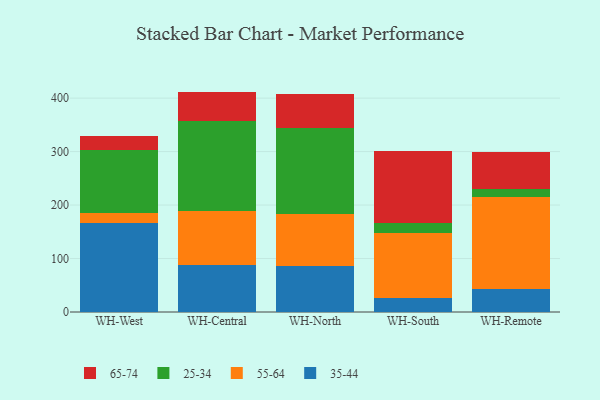
{"axis": {"x": "Warehouse", "y": "Demand Index"}, "legend": ["25-34", "35-44", "55-64", "65-74"], "data": [{"x": "WH-West", "y": 166.1, "type": "35-44"}, {"x": "WH-West", "y": 19.3, "type": "55-64"}, {"x": "WH-West", "y": 117.5, "type": "25-34"}, {"x": "WH-West", "y": 26.7, "type": "65-74"}, {"x": "WH-Central", "y": 88.8, "type": "35-44"}, {"x": "WH-Central", "y": 100.4, "type": "55-64"}, {"x": "WH-Central", "y": 167.7, "type": "25-34"}, {"x": "WH-Central", "y": 55.3, "type": "65-74"}, {"x": "WH-North", "y": 86.0, "type": "35-44"}, {"x": "WH-North", "y": 98.0, "type": "55-64"}, {"x": "WH-North", "y": 160.9, "type": "25-34"}, {"x": "WH-North", "y": 62.6, "type": "65-74"}, {"x": "WH-South", "y": 25.4, "type": "35-44"}, {"x": "WH-South", "y": 122.7, "type": "55-64"}, {"x": "WH-South", "y": 18.7, "type": "25-34"}, {"x": "WH-South", "y": 133.6, "type": "65-74"}, {"x": "WH-Remote", "y": 42.1, "type": "35-44"}, {"x": "WH-Remote", "y": 173.1, "type": "55-64"}, {"x": "WH-Remote", "y": 15.0, "type": "25-34"}, {"x": "WH-Remote", "y": 69.8, "type": "65-74"}]}